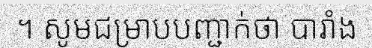
។ សូមជម្រាបបញ្ជាក់ថា បារាំង